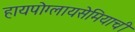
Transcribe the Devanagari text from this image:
हायपोग्लायसेमियाची